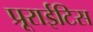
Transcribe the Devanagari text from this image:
प्रूराईटिस